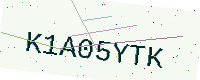
Text: K1A05YTK